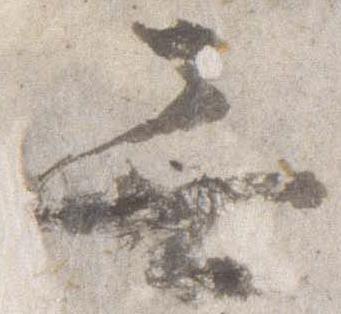
無